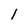
Character: 1